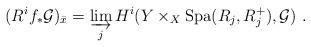
LaTeX: \begin{align*}(R^i f_\ast \mathcal G)_{\bar{x}} = \varinjlim_j H^i(Y\times_X \mathrm{Spa}(R_j,R_j^+),\mathcal{G})\ .\end{align*}